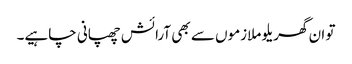
تو ان گھریلو ملازموں سے بھی آرائش چھپانی چاہیے۔